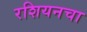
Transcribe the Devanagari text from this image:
रशियनचा